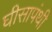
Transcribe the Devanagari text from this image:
घीसापंथी